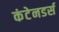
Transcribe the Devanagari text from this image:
कंटेनडर्स